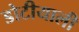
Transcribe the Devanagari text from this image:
डोटीयाली